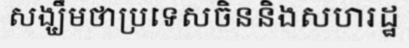
សង្ឃឹមថាប្រទេសចិននិងសហរដ្ឋ